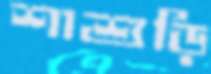
শাশুড়ি